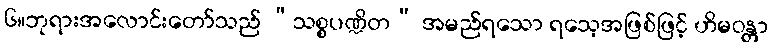
၆။ဘုရားအလောင်းတော်သည် “သစ္စပဏ္ဍိတ” အမည်ရသော ရသေ့အဖြစ်ဖြင့် ဟိမဝန္တာ